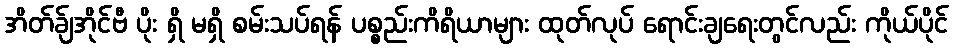
အိတ်ခ်ျအိုင်ဗီ ပိုး ရှိ မရှိ စမ်းသပ်ရန် ပစ္စည်းကိရိယာများ ထုတ်လုပ် ရောင်းချရေးတွင်လည်း ကိုယ်ပိုင်